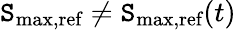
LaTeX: \mathtt{S}_{\textrm{{max,ref}}}\neq\mathtt{S}_{\textrm{{max,ref}}}(t)